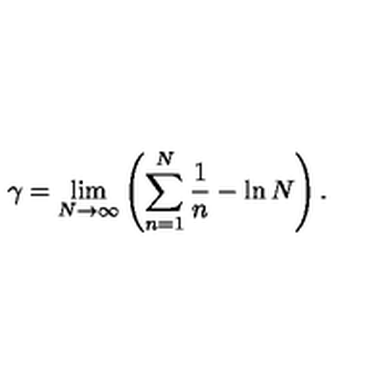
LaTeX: \gamma = \lim _ { N \to \infty } \left( \sum _ { n = 1 } ^ { N } \frac { 1 } { n } - \ln N \right) .